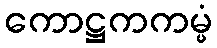
ကောဋ္ဌကကမ္မံ